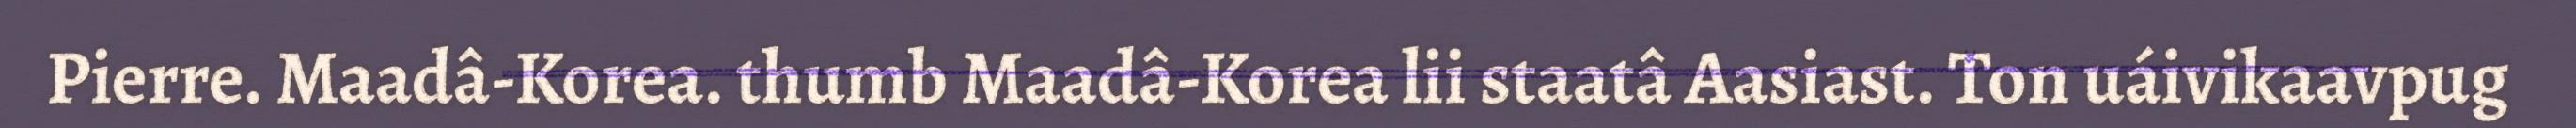
Pierre. Maadâ-Korea. thumb Maadâ-Korea lii staatâ Aasiast. Ton uáivikaavpug